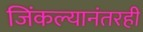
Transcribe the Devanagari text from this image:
जिंकल्यानंतरही